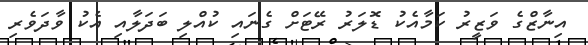
އިނާޒްގެ ވަޒީރު ކަމާއެކު ޑޮލަރު ރޭޓަށް ގެނައި ކުއްލި ބަދަލާއި އެކު ވާދަވެރި